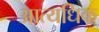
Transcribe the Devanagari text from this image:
आत्यधिक